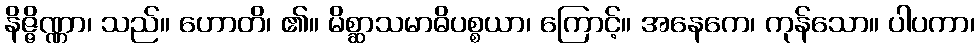
နိဇ္ဇိဏ္ဏာ၊ သည်။ ဟောတိ၊ ၏။ မိစ္ဆာသမာဓိပစ္စယာ၊ ကြောင့်။ အနေကေ၊ ကုန်သော။ ပါပကာ၊